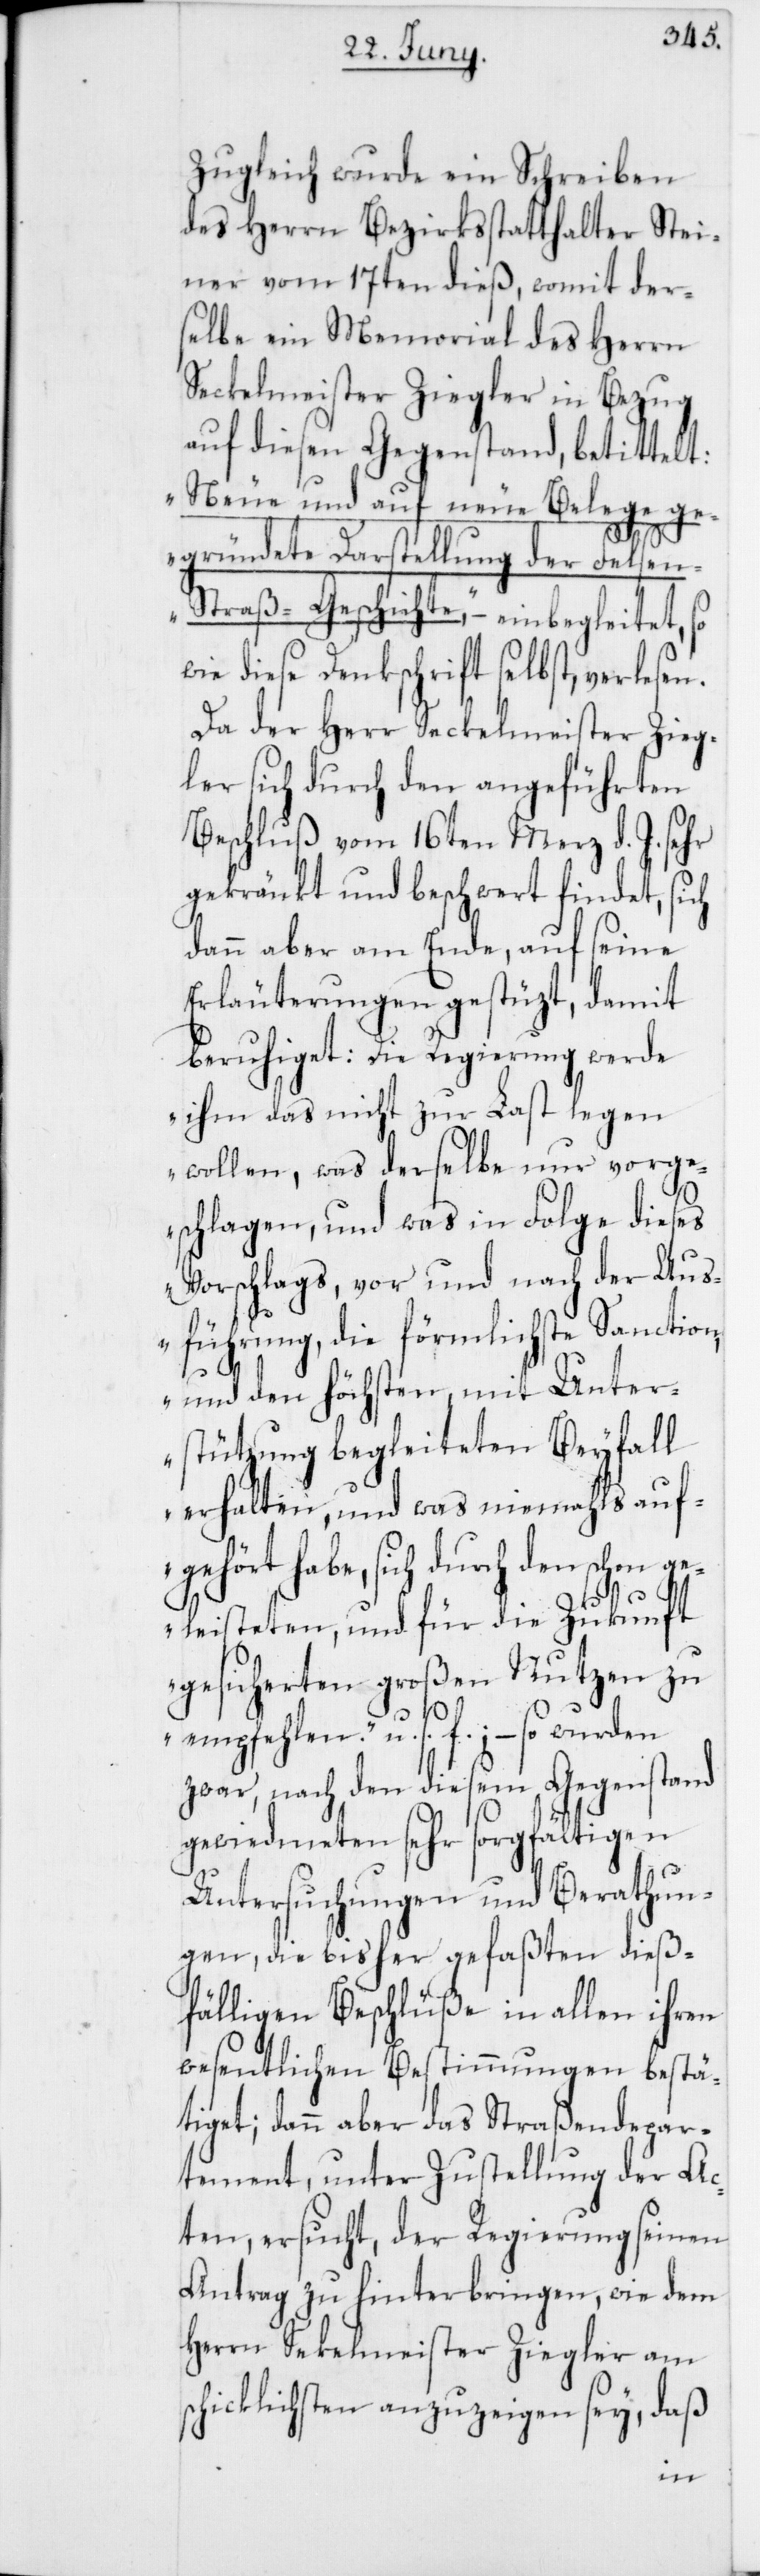
Zugleich wurde ein Schreiben
des Herrn Bezirksstatthalter Stei¬
ner vom 17ten dieß, womit der¬
selbe ein Memorial des Herrn
Seckelmeister Ziegler in Bezug
auf diesen Gegenstand, betittelt:
„Neue und auf neue Belege g¬
egründete Darstellung der Felse¬
n-Straß-Geschichte,“ einbegleitet, so
wie diese Denkschrift selbst, verlesen.
Da der Herr Seckelmeister Zieg¬
ler sich durch den angeführten
Beschluß vom 16ten Merz d. J. sehr
gekränkt und beschwert findet, sich
dann aber am Ende, auf seine
Erläuterungen gestüzt, damit
beruhiget: „Die Regierung werde
ihm das nicht zur Last legen
wollen, was derselbe nur vorg¬
eschlagen, und was in Folge dieses
Vorschlags, vor und nach der Aus¬
führung, die förmlichste Sanction,
und den höchsten, mit Unter¬
stützung begleiteten Beyfall
erhalten, und was niemahls auf¬
gehört habe, sich durch den schon ge¬
leisteten, und für die Zukunft
gesicherten großen Nutzen zu
s¬
empfehlen.“ u. s. f.; – so wurden
zwar, nach den diesem Gegenstand
gewidmeten sehr sorgfältigen
Untersuchungen und Berathun¬
gen, die bisher gefaßten dieß¬
fälligen Beschlüße in allen ihren
wesentlichen Bestimmungen bestä¬
tiget; dann aber das Straßendepar¬
tement, unter Zustellung der Ac¬
ten, ersucht, der Regierung seinen
Antrag zu hinterbringen, wie dem
Herrn Sekelmeister Ziegler am
chicklichsten anzuzeigen sey, daß